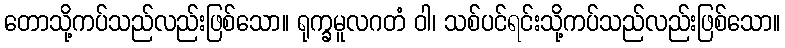
တောသို့ကပ်သည်လည်းဖြစ်သော။ ရုက္ခမူလဂတံ ဝါ၊ သစ်ပင်ရင်းသို့ကပ်သည်လည်းဖြစ်သော။